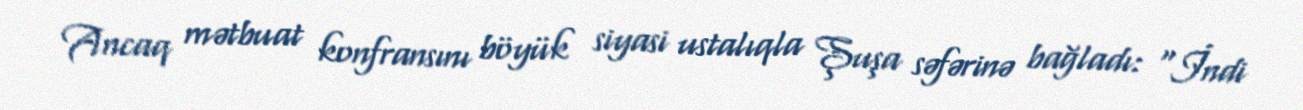
Ancaq mətbuat konfransını böyük siyasi ustalıqla Şuşa səfərinə bağladı: "İndi